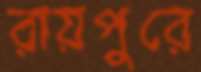
রায়পুরে